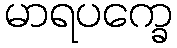
မာရပက္ခေ